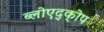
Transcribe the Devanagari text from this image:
ब्लोएद्क्ोप